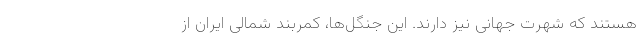
هستند که شهرت جهانی نیز دارند. این جنگل‌ها، کمربند شمالی ایران از